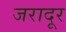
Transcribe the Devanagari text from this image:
जरादूर